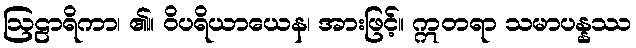
ဩဠာရိကာ၊ ၏။ ဝိပရိယာယေန၊ အားဖြင့်။ ဣတရာ သမာပန္နဿ